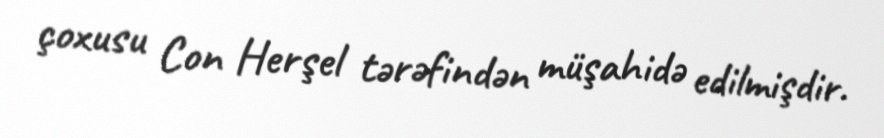
çoxusu Con Herşel tərəfindən müşahidə edilmişdir.